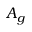
A _ { g }